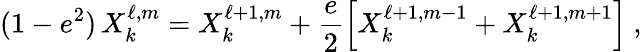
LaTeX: (1-e^{2})\, X_{k}^{\ell,m}=X_{k}^{\ell+1,m}+\frac{e}{2}\left[X_{k}^{\ell+1,m-1}+X_{k}^{\ell+1,m+1}\right]\ ,